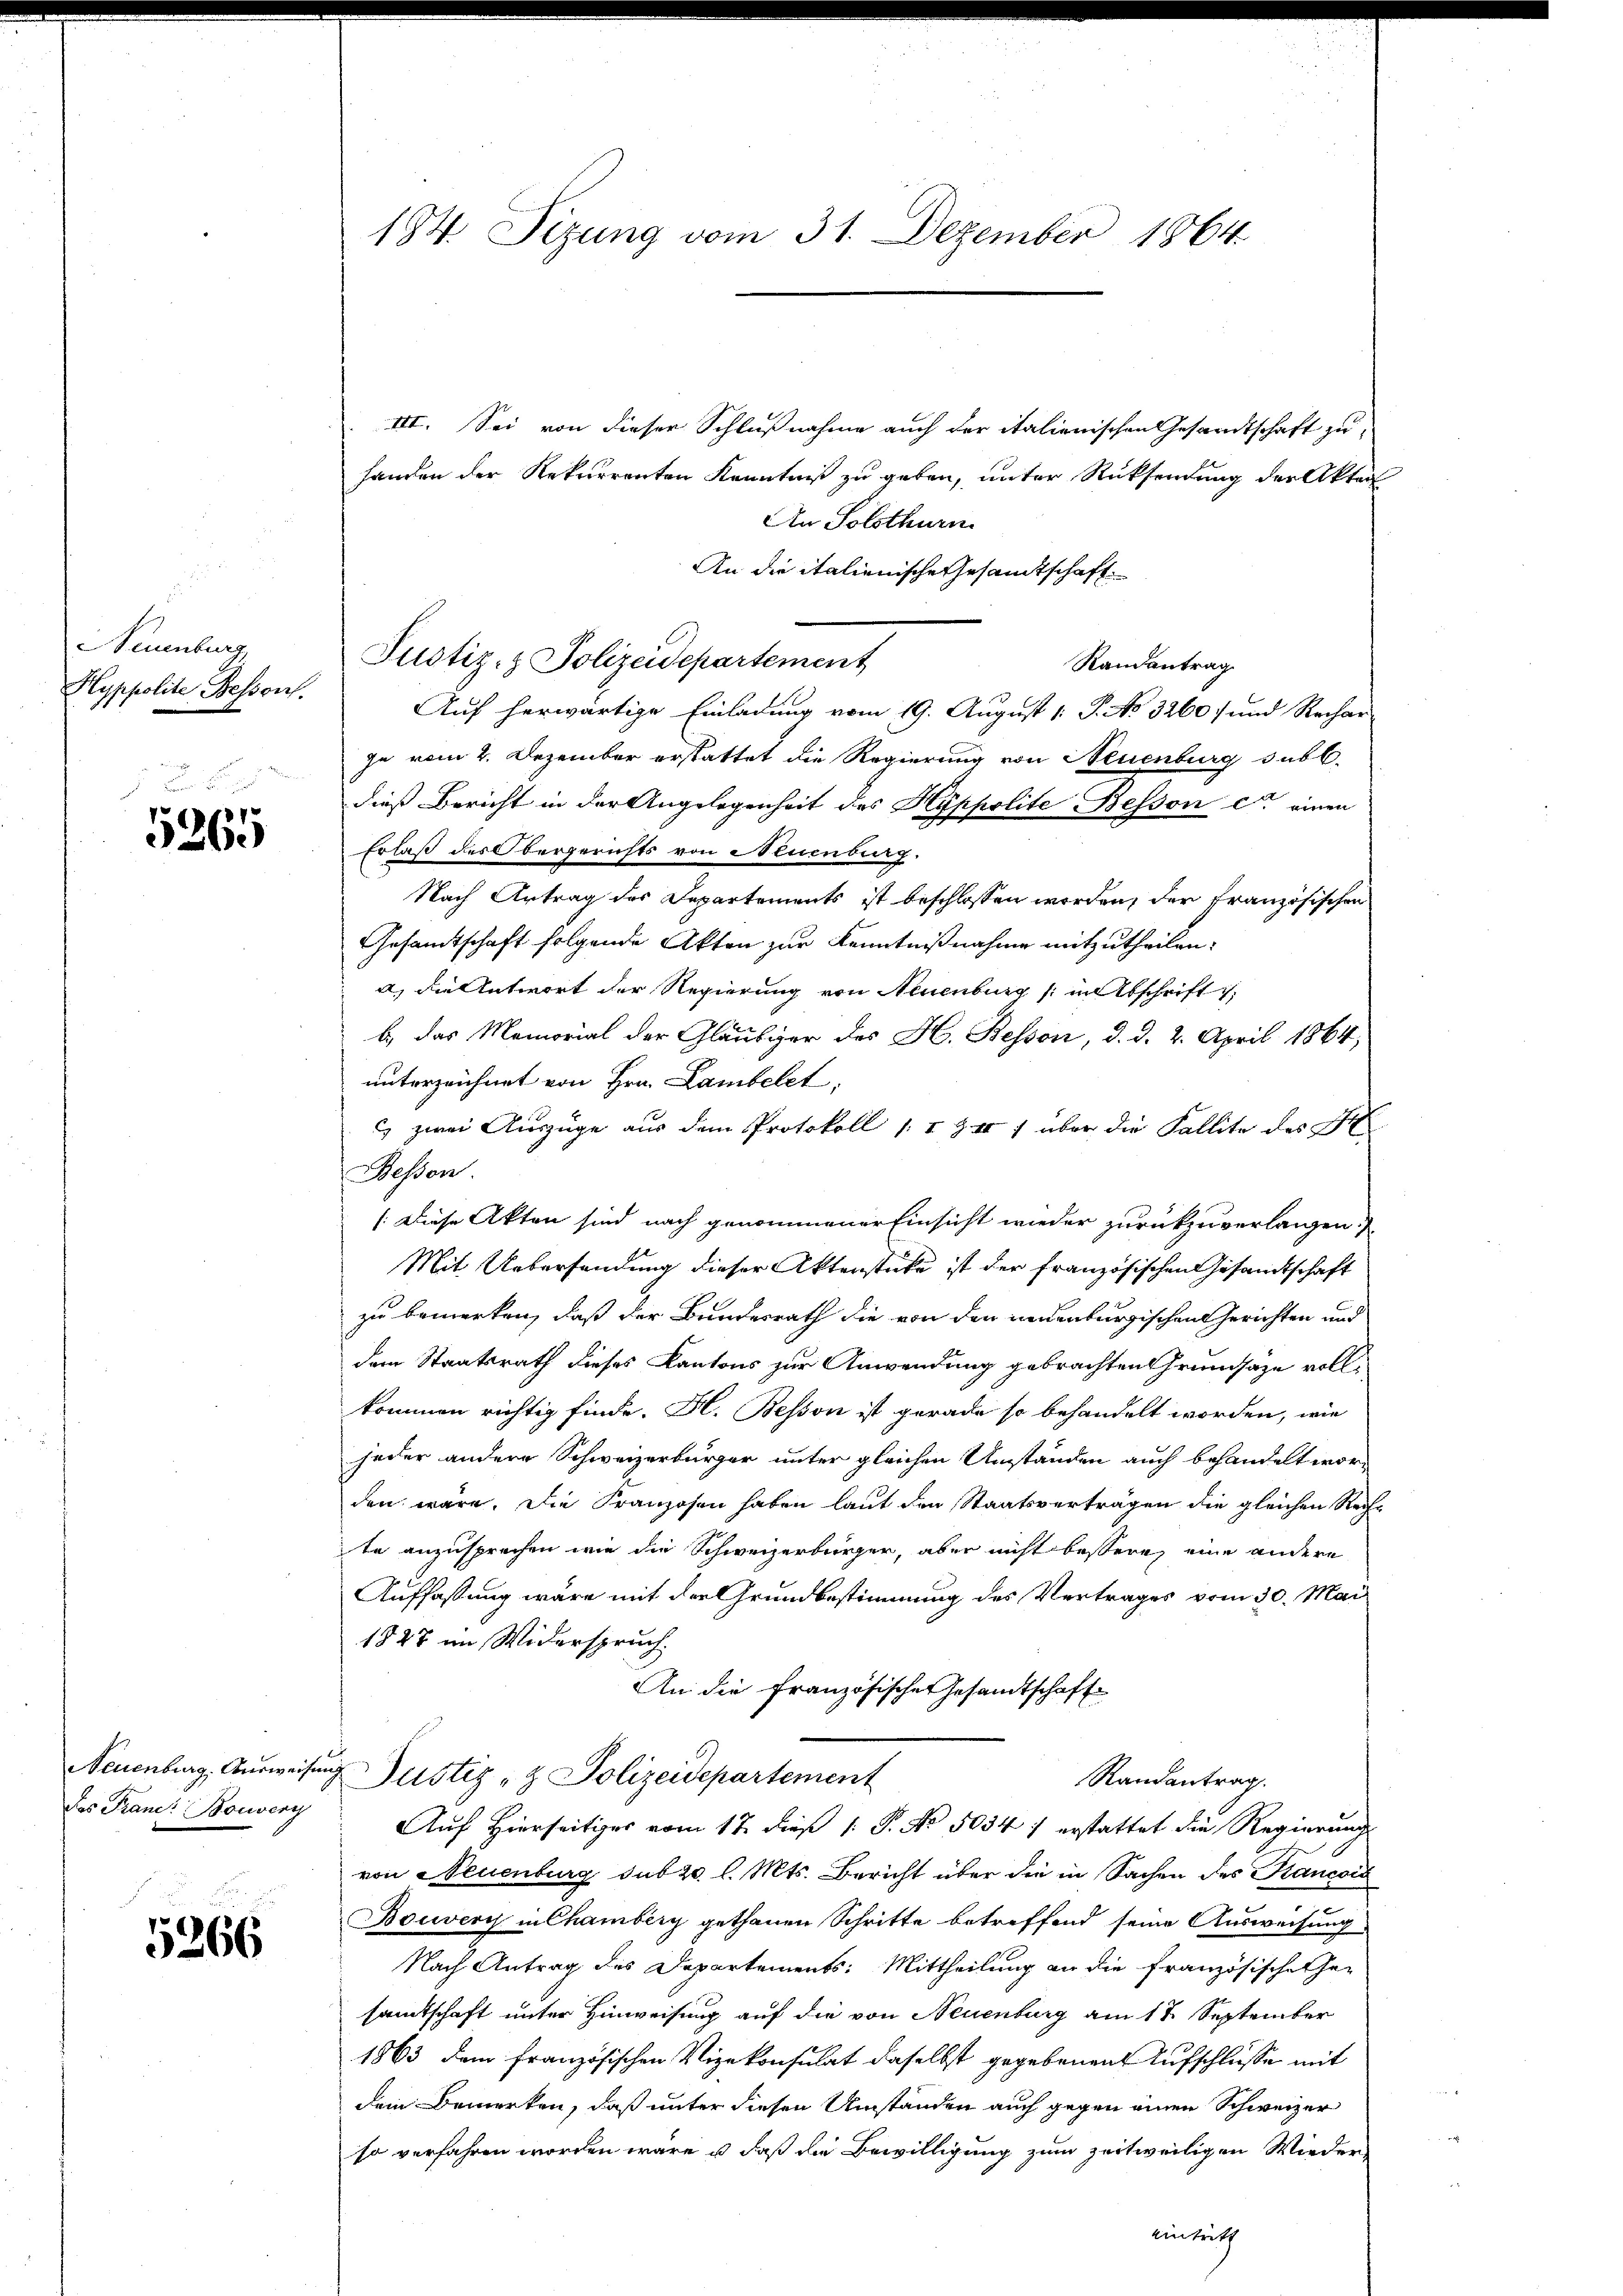
euenburg
Hyppolite Bessors

5265

das Prand: Bouvery

5266

III. Sei von dieser Schlußnahme auch der italienischen Gesandtschaft zu
handen der Rekurrenten Kenntniß zu geben, unter Rücksendung der Akten
An Solothurn
An die italienische Gesandtschaft
Justiz- & Polizeidepartement
Randantrag
Auf herwärtige Einladung vom 19. August 1. P. No 3260) und Rechar
ze vom 2. Dezember erstattet die Regierung von Neuenburg subl.
dieß Bericht in der Angelegenheit des Hyppolite Besson c. einen
Erlaß des Obergerichts von Neuenburg.
Nach Antrag des Departements ist beschlossen worden, der Französischen
Gesamtschaft folgende Akten zur Kenntnißnahme mitzutheilen.
a, die Antwort der Regierung von Neuenburg (in Abschrift
b.) das Memorial der Gläubiger des H. Besson, d. d. 2. April 1864,
unterzeichnet von Hrn. Lambelet,
C) zwei Auszüge aus dem Protokoll /:I Z II 1 über die Fallite des
Wesen.
1. Diese Akten sind nach genommener Einsicht wieder zurückzuverlangen)
Mit Uebersendung dieser Aktenstücke ist der französischen Gesandtschaft
zu bemerken, daß der Bundesrath die von den neuenburgischen Gerichten und
dem Staatsrath dieses Kantons zur Anwendung gebrachten Grundsätze vollkommen richtig finde. H. Bessen ist gerade so behandelt worden, wie
jeder andere Schweizerbürger unter gleichen Umständen auch behandelt worden wäre. Die Franzosen haben laut den Staatsverträgen die gleichen Rechte anzusprechen wie die Schweizerbürger, aber nicht bessere, eine andere
Auffassung wäre mit der Grundbestimmung des Vertrages vom 30. Mai
1827 im Widerspruch.
An die französische Gesandtschaft
Neuenburg, Ausweisung Justiz & Polizeidepartement
Randantrag.
Auf Hierseits vom 17. dieß 1. P. No. 5034 1 erstattet die Regierung
von Neuenburg sub 20 l. Mts. Bericht über die in Sachen des Kancois
Bouvery in Chamberg gethanen Schritte betreffend seine Ausweisung
Nach Antrag des Departements: Mittheilung an die französische Gesamtschaft unter Hinweisung auf die von Neuenburg am 17. September
1863 dem französischen Vizekonsulat daselbst gegebenen Aufschlüsse mit
Dein Bemerken, daß unter diesen Umständen auch gegen einen Schweizer
so verfahren worden wäre u. daß die Bewilligung zum zeitweiligen Wieder
eintritt

184. Sizung vom 31. Dezember 1864.